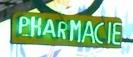
pharmacie